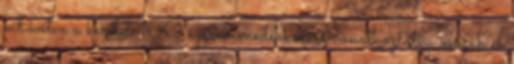
kibővítve a keretet 160 ezer menedékkérőre vonatkoztatva osszák el